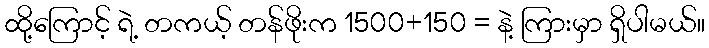
ထို့ကြောင့် ရဲ့ တကယ့် တန်ဖိုးက 1500+150 = နဲ့ ကြားမှာ ရှိပါမယ်။